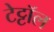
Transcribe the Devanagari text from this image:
टेट्टॉल